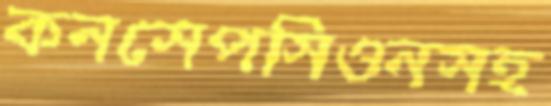
কনসেপসিওনসহ